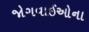
જોગવાઈઓના